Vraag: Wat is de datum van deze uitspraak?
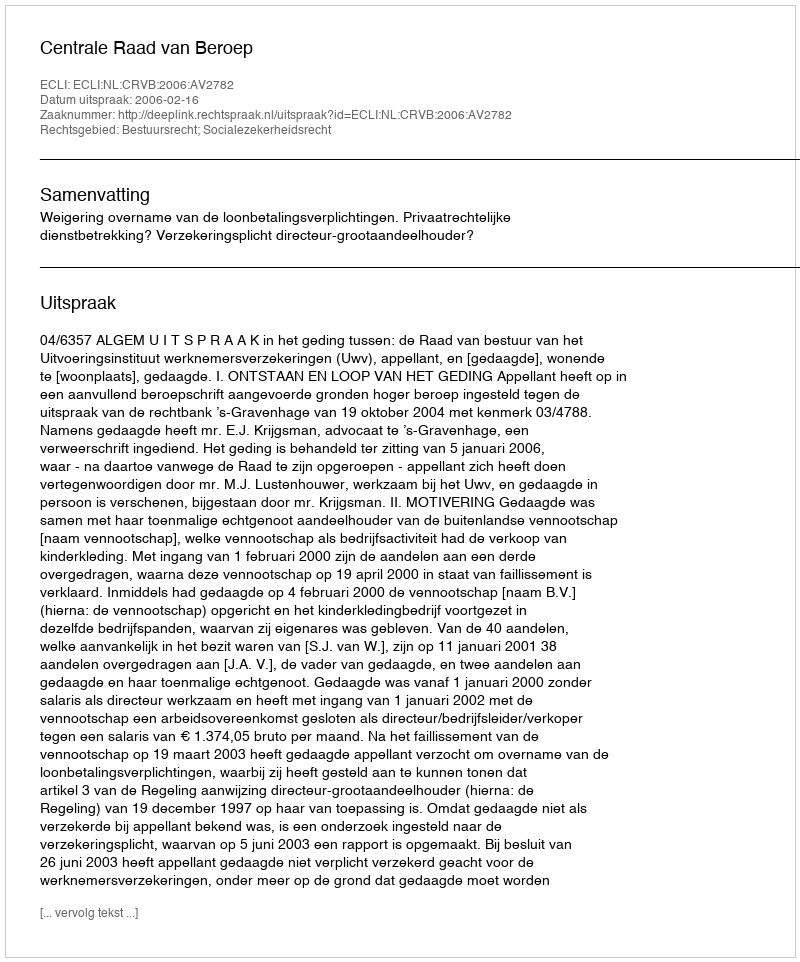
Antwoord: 2006-02-16